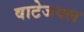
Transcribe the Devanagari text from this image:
वाटेजवल